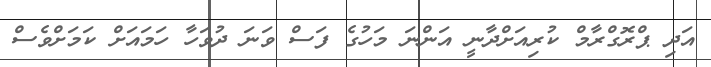
އަދި ޕްރޮގްރާމް ކުރިއަށްދާނީ އަންނަ މަހުގެ ފަސް ވަނަ ދުވަހާ ހަމައަށް ކަމަށްވެސް